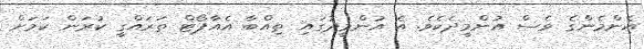
އެންމެންގެ ވެސް އުންމީދެކެވެ. އެ އުންމީދުގައި ތިއްބާ އެއާޕޯޓް ތަރައްގީ ކުރަން ކަމަށް